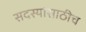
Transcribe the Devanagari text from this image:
सदस्यांसाठीच